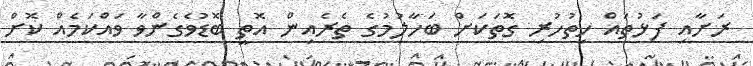
ރަށާއި ފަޅުތައް ހިތުހުރި ގޮތަކަށް ބަހާލުމުގެ ތެރެއިން އޮތީ ބޮޑުވެގެންވާ ވައްކަމެއް ކޮށް